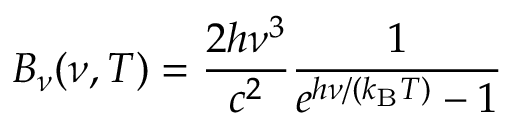
B _ { \nu } ( \nu , T ) = { \frac { 2 h \nu ^ { 3 } } { c ^ { 2 } } } { \frac { 1 } { e ^ { h \nu / ( k _ { \mathrm { B } } T ) } - 1 } }